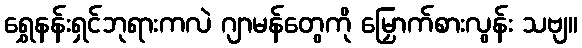
ရွှေနန်းရှင်ဘုရားကလဲ ဂျာမန်တွေကို မြှောက်စားလွန်း သဗျ။